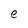
Character: e